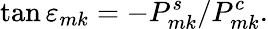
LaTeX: \tan\varepsilon_{mk}=-P_{mk}^{s}/P_{mk}^{c}.